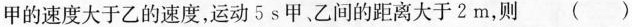
甲的速度大于乙的速度，运动5 s甲、乙间的距离大于2m，则 ()